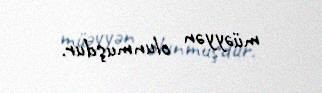
müəyyən olunmuşdur.